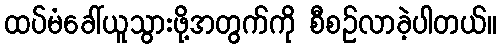
ထပ်မံခေါ်ယူသွားဖို့အတွက်ကို စီစဉ်လာခဲ့ပါတယ်။